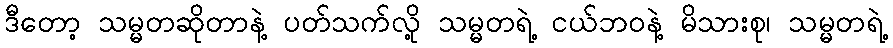
ဒီတော့ သမ္မတဆိုတာနဲ့ ပတ်သက်လို့ သမ္မတရဲ့ ငယ်ဘဝနဲ့ မိသားစု၊ သမ္မတရဲ့